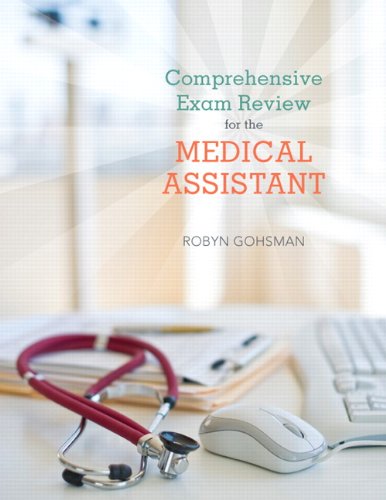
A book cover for Comprehensive Exam Review for the Medical Assistant; Robyn S. Gohsman; Medical Books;